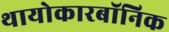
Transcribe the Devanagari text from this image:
थायोकारबॉनिक